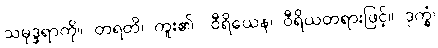
သမုဒ္ဒရာကို။ တရတိ၊ ကူး၏။ ဝီရိယေန၊ ဝီရိယတရားဖြင့်။ ဒုက္ခံ၊